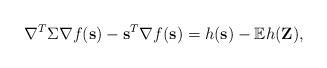
LaTeX: \begin{align*} \nabla^T\Sigma\nabla f(\mathbf{s})-\mathbf{s}^T\nabla f(\mathbf{s})=h(\mathbf{s})-\mathbb{E}h(\mathbf{Z}),\end{align*}